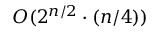
O ( 2 ^ { n / 2 } \cdot ( n / 4 ) )